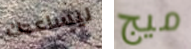
ليساعدك ميج